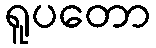
ရူပတော